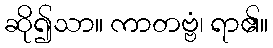
ဆို၍သာ။ ကာတဗ္ဗံ၊ ရာ၏။